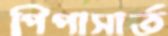
পিপাসার্ত